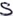
Text: S